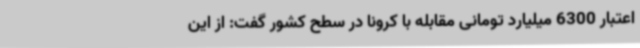
اعتبار 6300 میلیارد تومانی مقابله با کرونا در سطح کشور گفت: از این